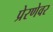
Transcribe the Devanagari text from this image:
प्रेरणेवर